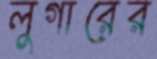
লুগারের